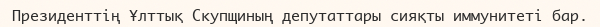
Президенттің Ұлттық Скупщиның депутаттары сияқты иммунитеті бар.